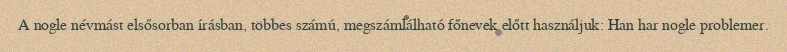
A nogle névmást elsősorban írásban, többes számú, megszámlálható főnevek előtt használjuk: Han har nogle problemer.